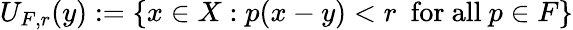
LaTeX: U_{F,r}(y):=\left\{ x\in X:p(x-y)<r\ {\mathrm{~for~all~}}p\in F\right\}